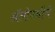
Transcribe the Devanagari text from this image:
अॅलोपथीचे